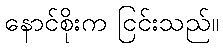
နောင်စိုးက ငြင်းသည်။